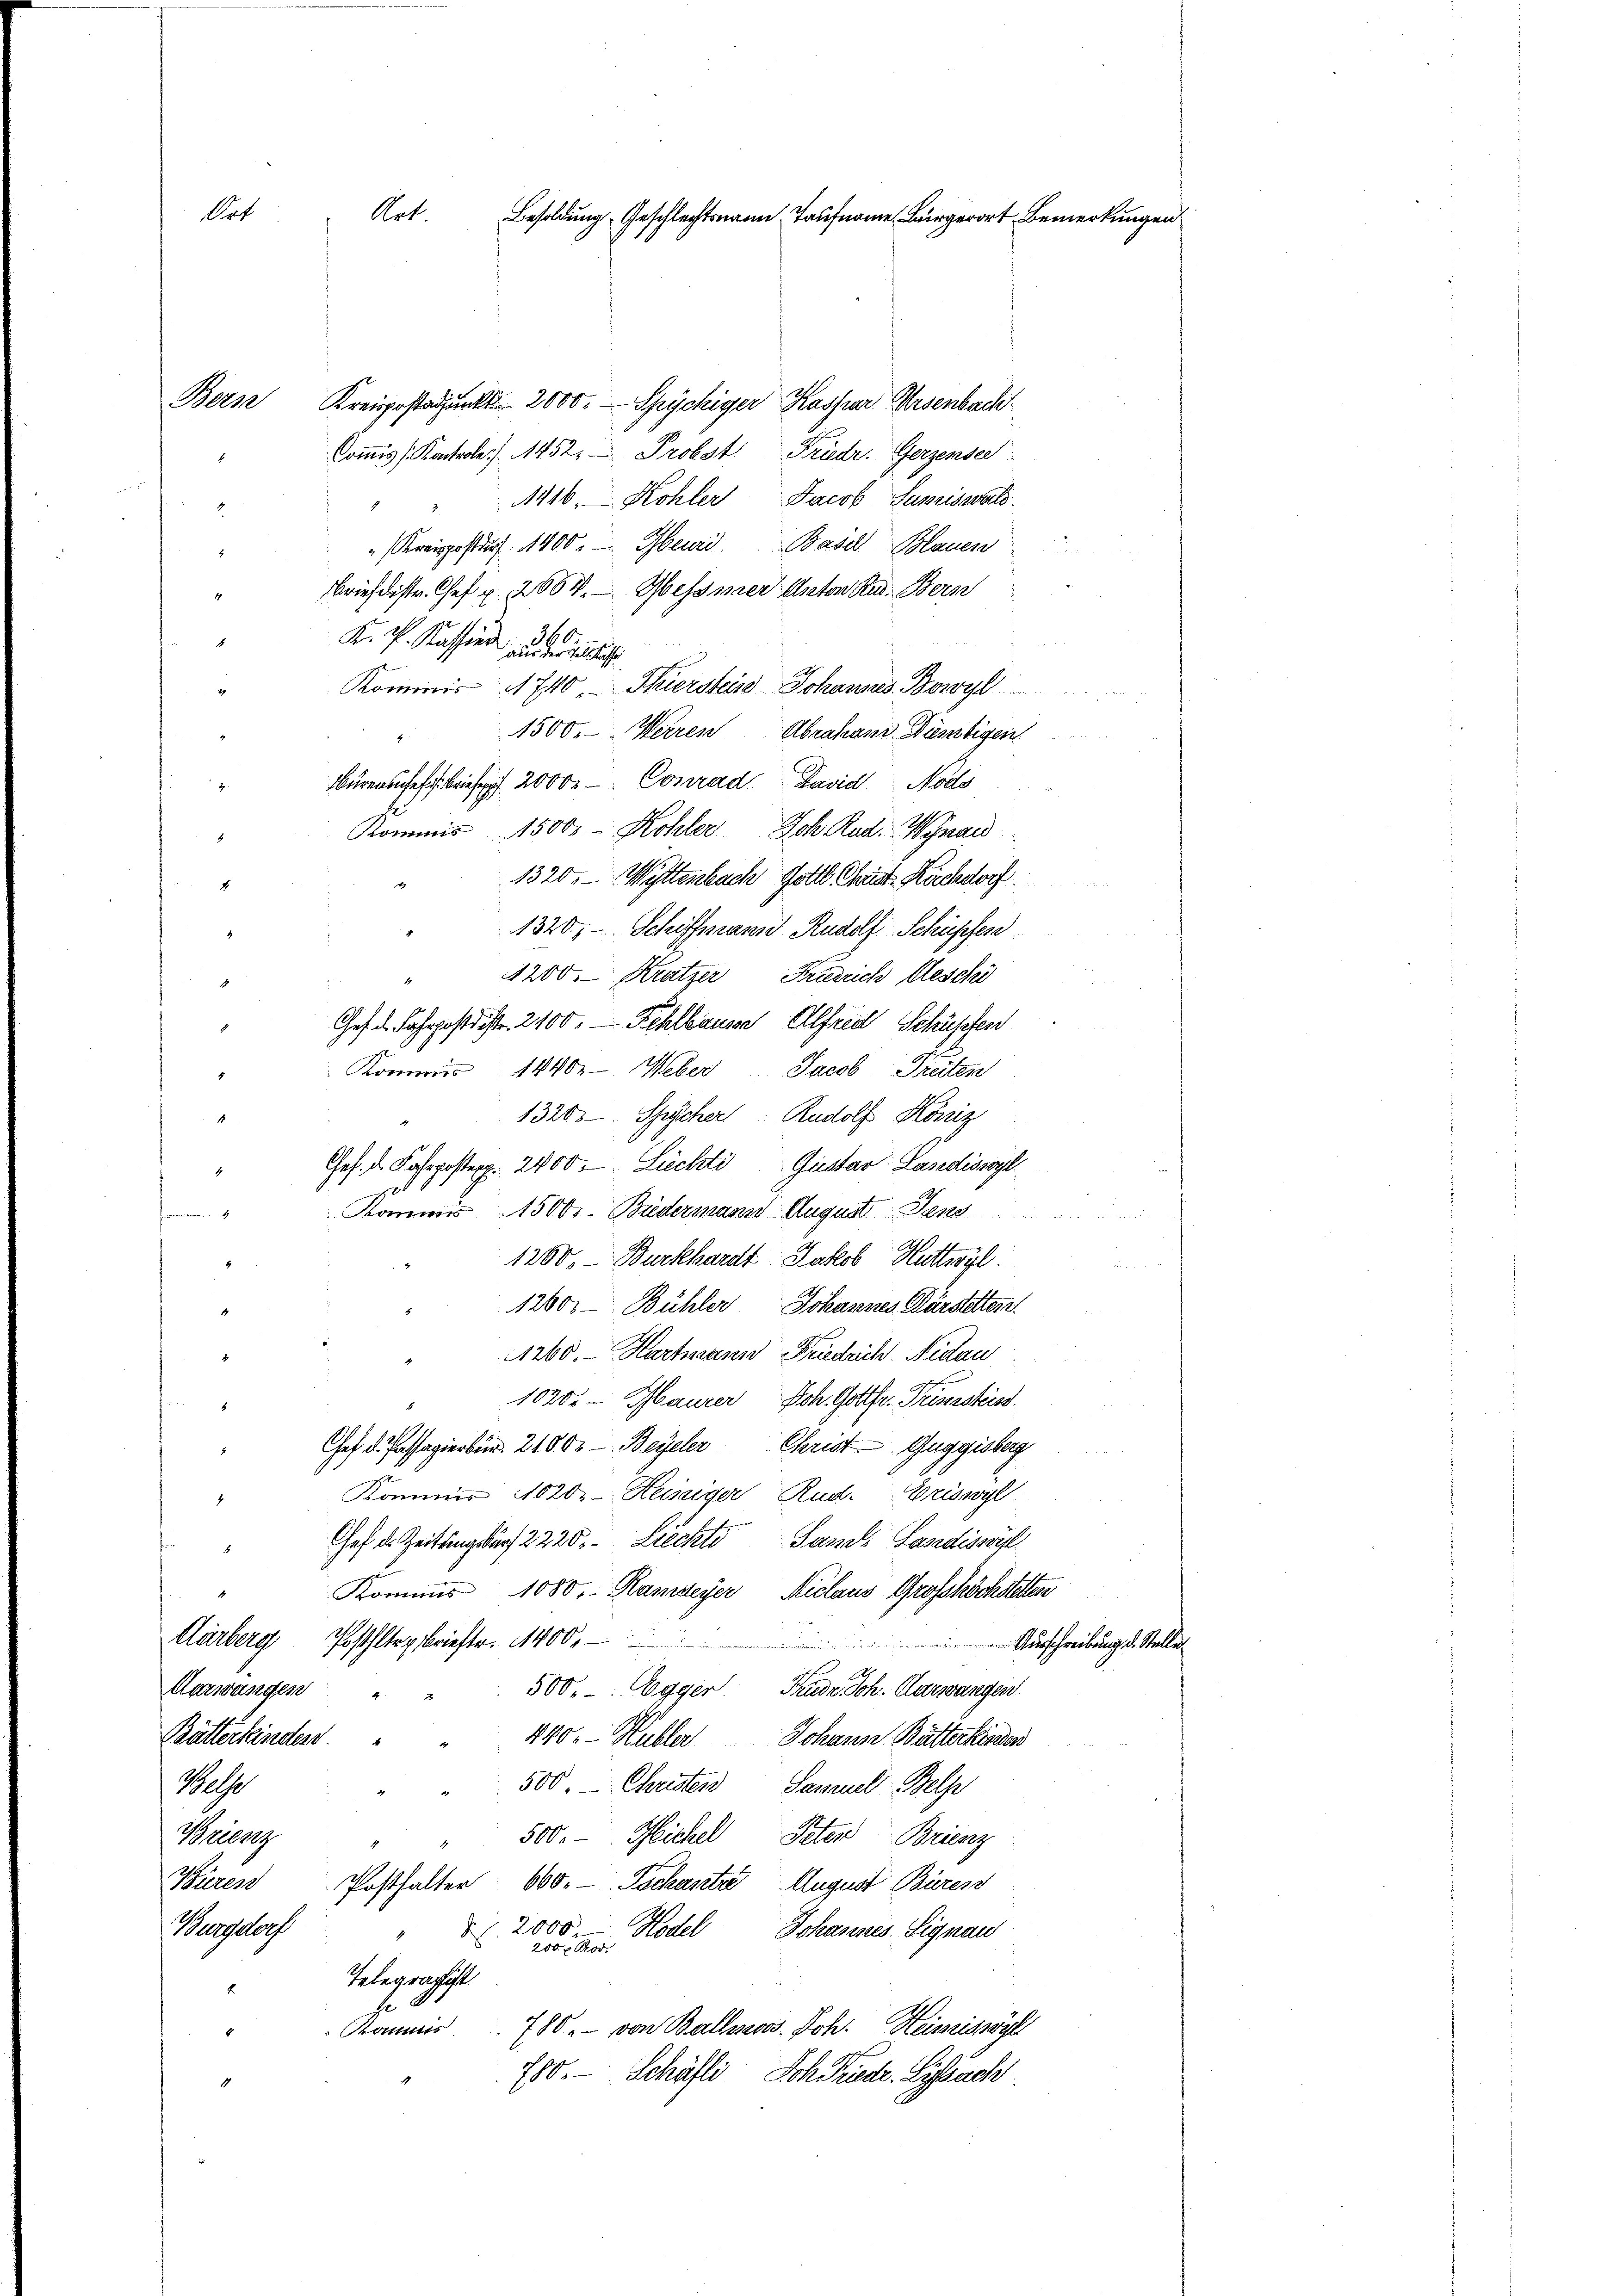
Bern Kreispostandpunkt 2000. Spyckiger Kassier Weisenbach
Commis (Kontrole. 1452. Probst Friedr. Gerzensee
1416, Kohler Jacob Summissrat
"(Kreispostus 1400. - Geurd. Basel Blauen
2
Briefdistr. Chef u. 2684. — Gessner Acten Rud. Bern
K. P. Kassind aus der
Kommis 1740, Thierstein Johannes Bowyl
1500. Herren Abrahans Dümtigen
4
Büreauches bis 2000. - Conrad David Modo
.
Kommis 1500. Kohler Joh. Radi Winand
1320. Wettenbach Gottl. Christ. Kirchdorf.
1320, Schiffmann Rudolf Schüpfen
4
1200. Kratzer Friedrich Aeschei
s
Ges. d. Fahrpostdistr. 2100. Fehlbaum Alfred Schüpfen
Kommis 1440. Weber Jacob Freiten
1320. Schischer Rudolf Köniz
i
Ges. d. Fahrpostexp. 2400. Siechti Gustav Landissogl
Kommis 15000. Budermann August. Jens
t
1260, Burkhardt Ratlob Hattwyl
4
1260. Bühler Johannes Dürstelten.
1260. — Hartmann Friedrich. Nidau
1020. - Baurer Joh. Gottfr. Grenzsteins
Chef d. Passagierbin. 218. d. Beyeler Christ. Guggisberg
Kommis 1020. Heiniger Rud. Griswyl
Gefel Zeitung der 2220. Ziechts Sand Landiswyl
Kommis 1080. - Kanzleyer Niclaus Grosshöchstetten
Gärberg Posthltag briefter. 1400.
 Ausschreibung d. Stelle
500 Egger. Frede Sch. Aarwangen.
Aarwangen
4
Bätterfeinden.
440. Hubler Johann Batterkinden
500. - Christer Samuel Belp
Mose
500.- Michel Peter Brienz
Meeng
Büren Posthalter 600. Techanta August Bürens
Marselerf
2 Hodel Johannes Signau
Telegraphist
fe
Kommis 780. von Ballmoos. Joh. Heimriswyl
780. Schäfti, Joh. Friedr. Lissach

Ort
Art.
Besoldung Geschlechtsmann, Taufname Bürger Bemerkungen